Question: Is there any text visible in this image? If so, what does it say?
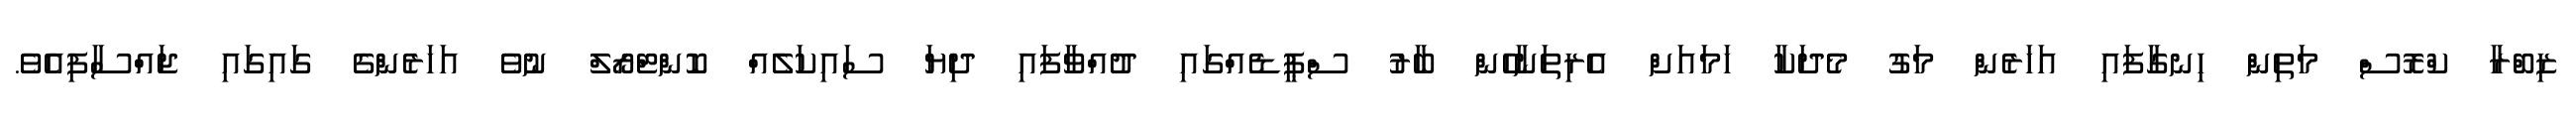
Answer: ޒިބްރާ ކްރޮސް މަތިން ހިނގާފައި އަހަރެން މަގު މެދަކާ ހަމައަށް އެރިތަނާހެން ބާރު ސްޕީޑެއްގައި ދުއްވާފައި ދިޔަ ސައިކަލެއް ކޮންޓްރޯލް ނުވެ އަހަރެންގެ ގައިގައި ޖައްސާފިއެވެ.